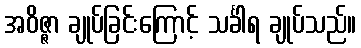
အဝိဇ္ဇာ ချုပ်ခြင်းကြောင့် သင်္ခါရ ချုပ်သည်။